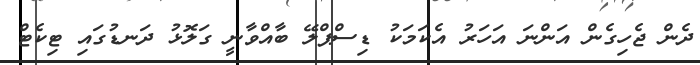
ދެން ޖެހިގެން އަންނަ އަހަރު އެކަމަކު ޑިސްޕްލޭ ބާއްވާނީ ގަލޮޅު ދަނޑުގައި ޓިކެޓް